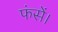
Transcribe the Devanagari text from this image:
फंसें।